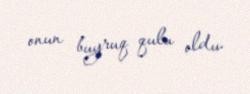
onun buyruq qulu oldu.